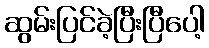
ဆွမ်းပြင်ခဲ့ပြီးပြီပေါ့